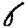
Digit: 6